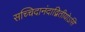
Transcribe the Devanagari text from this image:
सच्चिदानंदाद्वितीयोऽसि